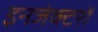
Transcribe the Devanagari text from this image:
इनजेक्टरों